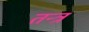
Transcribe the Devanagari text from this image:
तन्त्रं